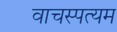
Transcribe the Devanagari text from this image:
वाचस्पत्यम